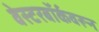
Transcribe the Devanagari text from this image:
वेस्टरबॉर्कवरून